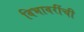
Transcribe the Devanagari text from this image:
विभावरींची